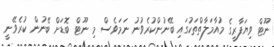
ނޫޓް ވިޔަފާރީގެ މުއާމަލާތްތަކުގައި ބޭނުންކުރެވުނު ނަމަވެސް މި ނޫޓް ބޮޑަށް ބޭނުން ކުރެވޭނީ